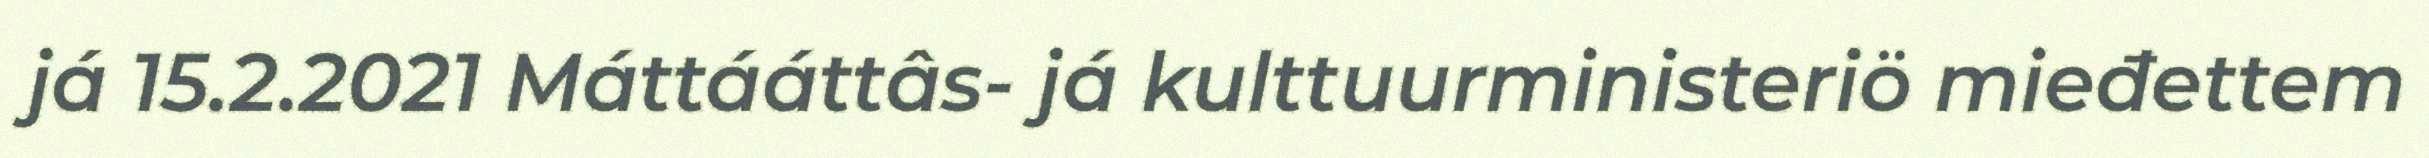
já 15.2.2021 Máttááttâs- já kulttuurministeriö mieđettem